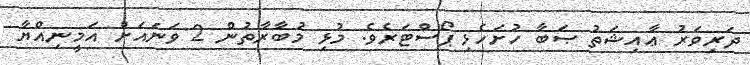
ދަރިވަރު ޢާއިޝަތު ޞަބާ ހުށަހެޅި ޕޯސްޓަރެވެ. މުޅި މުބާރާތުން 2 ވަނައަށް އަމީނިއްޔާ